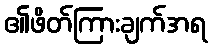
၏ဖိတ်ကြားချက်အရ